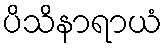
ပိသိနာရာယံ